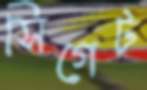
সিগেট